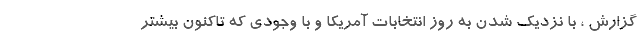
گزارش ، با نزدیک شدن به روز انتخابات آمریکا و با وجودی که تاکنون بیشتر